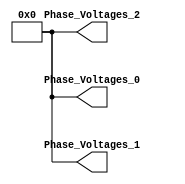
// -------------------------------------------------------------
// 
// 
// Generated by MATLAB 8.2 and HDL Coder 3.3
// 
// -------------------------------------------------------------


// -------------------------------------------------------------
// 
// Module: controllerHdl_StandBy
// Source Path: controllerHdl/Field_Oriented_Control/StandBy
// Hierarchy Level: 3
// 
// Simulink subsystem description for controllerHdl/Field_Oriented_Control/StandBy:
// 
// Stand By mode for controller outputs constant phase voltages.
// 
// -------------------------------------------------------------

`timescale 1 ns / 1 ns

module controllerHdl_StandBy
          (
           Phase_Voltages_0,
           Phase_Voltages_1,
           Phase_Voltages_2
          );


  output  signed [19:0] Phase_Voltages_0;  // sfix20_En12
  output  signed [19:0] Phase_Voltages_1;  // sfix20_En12
  output  signed [19:0] Phase_Voltages_2;  // sfix20_En12


  wire signed [19:0] Constant_out1 [0:2];  // sfix20_En12 [3]

  // StandBy
  // 
  // Block Description: Controller outputs constant phase voltages.


  // <S16>/Constant
  assign Constant_out1[0] = 20'sb00000000000000000000;
  assign Constant_out1[1] = 20'sb00000000000000000000;
  assign Constant_out1[2] = 20'sb00000000000000000000;



  assign Phase_Voltages_0 = Constant_out1[0];

  assign Phase_Voltages_1 = Constant_out1[1];

  assign Phase_Voltages_2 = Constant_out1[2];

endmodule  // controllerHdl_StandBy